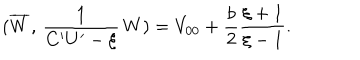
( \overline { { { W } } } , \, \frac { 1 } { C ^ { \prime } U ^ { \prime } - \xi } \, W ) = V _ { 0 0 } + \frac { b } { 2 } \frac { \xi + 1 } { \xi - 1 } .